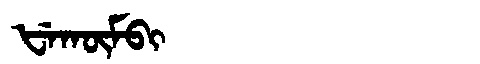
Manchu: ᡶᡝᡴᡡᠮᠪᡳ
Romanization: FEKŪMBI